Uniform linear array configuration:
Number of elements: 64
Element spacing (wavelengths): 0.75
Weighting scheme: hann
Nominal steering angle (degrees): -30
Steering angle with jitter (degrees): -30.103
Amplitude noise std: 0.05
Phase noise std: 0.05

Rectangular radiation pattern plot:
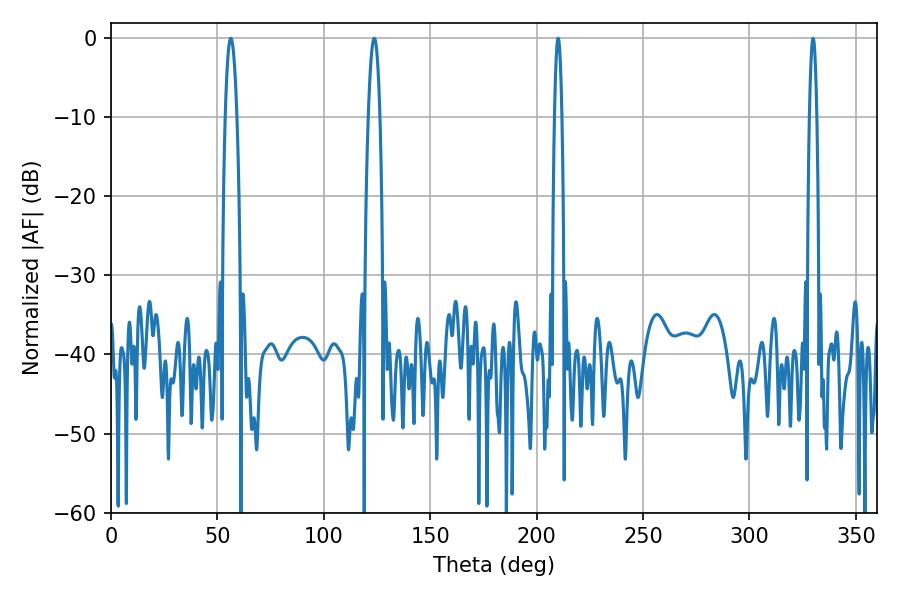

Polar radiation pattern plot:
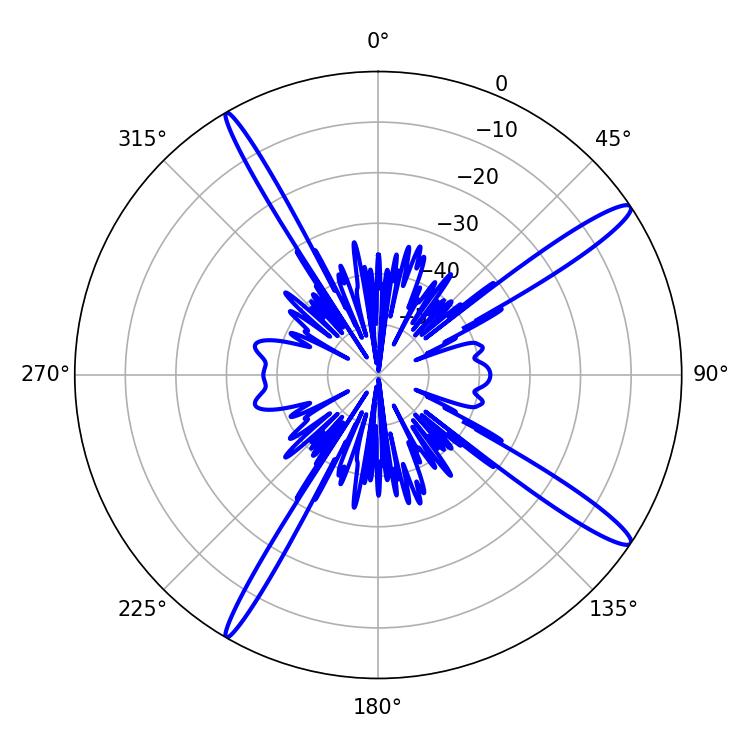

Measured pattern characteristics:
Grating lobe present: TRUE
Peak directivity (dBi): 15.322
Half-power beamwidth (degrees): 2.88
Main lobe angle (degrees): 56.34